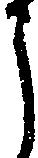
う